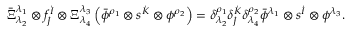
\bar { \Xi } _ { \lambda _ { 2 } } ^ { \lambda _ { 1 } } \otimes f _ { \dot { J } } ^ { \dot { I } } \otimes \Xi _ { \lambda _ { 4 } } ^ { \lambda _ { 3 } } \left( \bar { \phi } ^ { \rho _ { 1 } } \otimes s ^ { \dot { K } } \otimes \phi ^ { \rho _ { 2 } } \right) = \delta _ { \lambda _ { 2 } } ^ { \rho _ { 1 } } \delta _ { \dot { J } } ^ { \dot { K } } \delta _ { \lambda _ { 4 } } ^ { \rho _ { 2 } } \bar { \phi } ^ { \lambda _ { 1 } } \otimes s ^ { \dot { I } } \otimes \phi ^ { \lambda _ { 3 } } .